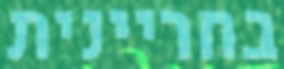
בחריינית